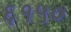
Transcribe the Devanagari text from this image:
६१५०